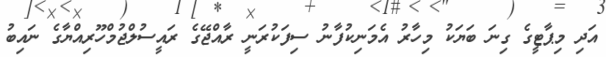
އަދި މިޕާޓީގެ ގިނަ ބަޔަކު މިހާރު އެމަނިކުފާނު ސިފަކުރަނީ ރާއްޖޭގެ ރައީސުލްޖުމްހޫރިއްޔާގެ ނައިބު